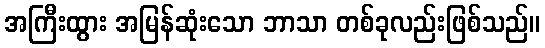
အကြီးထွား အမြန်ဆုံးသော ဘာသာ တစ်ခုလည်းဖြစ်သည်။